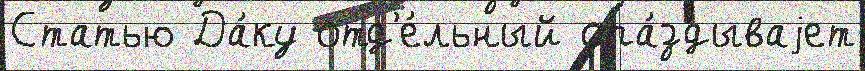
Статью Да́ку отд'е́льный опа́здываjет